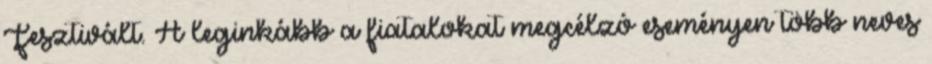
Fesztivált. A leginkább a fiatalokat megcélzó eseményen több neves